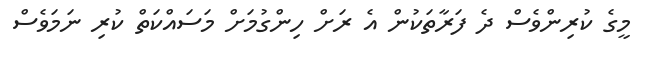
މީގެ ކުރިންވެސް ދެ ފަރާތަކުން އެ ރަށް ހިންގުމަށް މަސައްކަތް ކުރި ނަމަވެސް